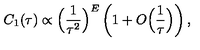
C _ { 1 } ( \tau ) \propto \Big ( \frac { 1 } { \tau ^ { 2 } } \Big ) ^ { E } \left( 1 + O \Big ( \frac { 1 } { \tau } \Big ) \right) ,